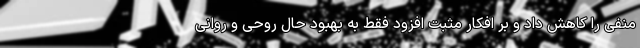
منفی را کاهش داد و بر افکار مثبت افزود فقط به بهبود حال روحی و روانی